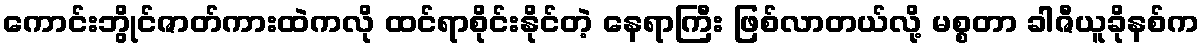
ကောင်းဘွိုင်ဇာတ်ကားထဲကလို ထင်ရာစိုင်းနိုင်တဲ့ နေရာကြီး ဖြစ်လာတယ်လို့ မစ္စတာ ခါဇီယူခိုနစ်က